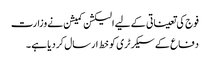
فوج کی تعیناتی کے لیے الیکشن کمیشن نے وزارت
دفاع کے سیکرٹری کو خط ارسال کردیا ہے ۔